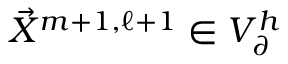
\vec { X } ^ { m + 1 , \ell + 1 } \in V _ { \partial } ^ { h }